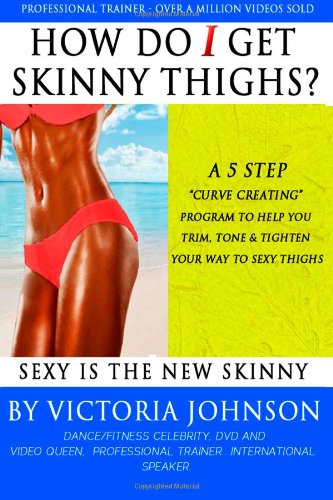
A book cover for How Do I Get Skinny Thighs: A 5 Step Curve Creating Program To Help You Trim, Tone and Tighten Your Way To Sexy Thighs; Victoria Johnson; Health, Fitness & Dieting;